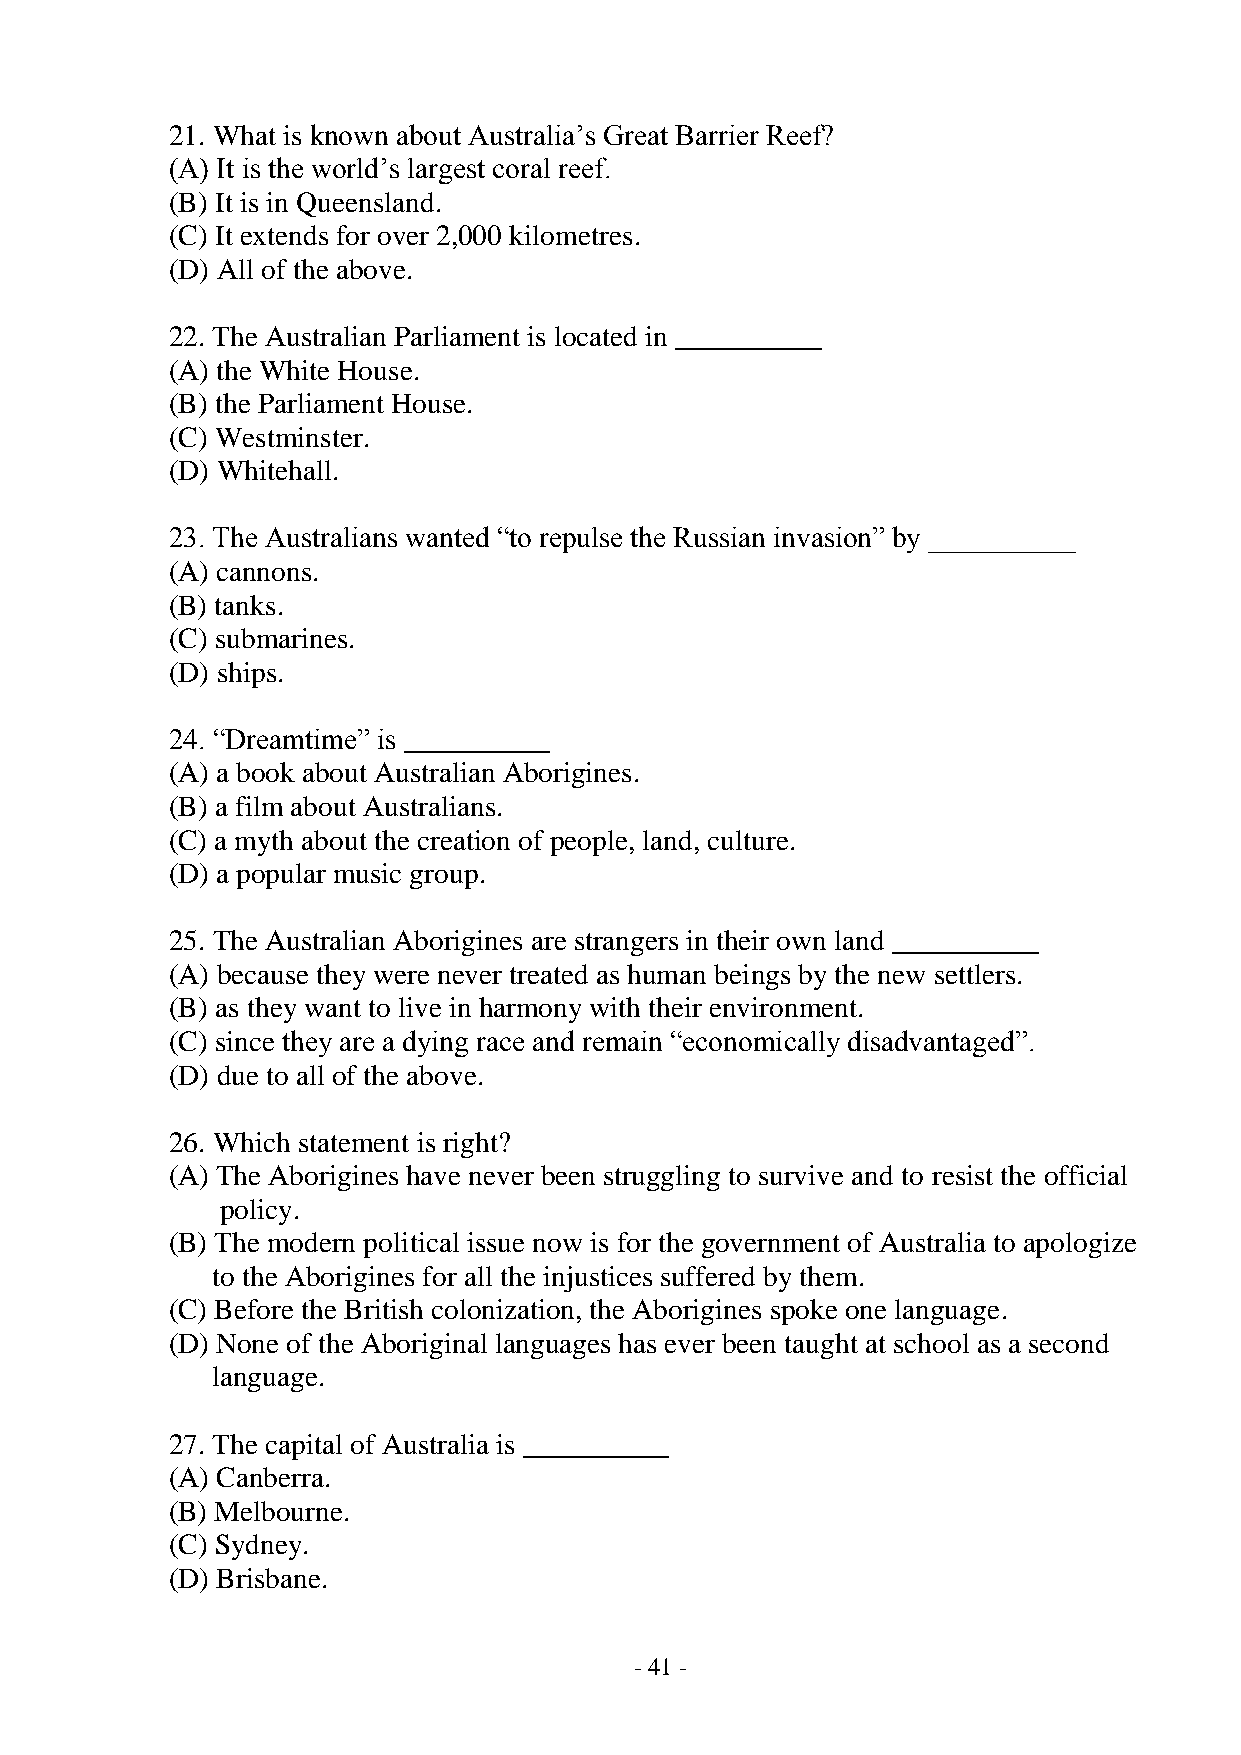
21. What is known about Australia’s Great Barrier Reef?
 (A) It is the world’s largest coral reef.
 (B) It is in Queensland.
 (C) It extends for over 2,000 kilometres.
 (D) All of the above.
 22. The Australian Parliament is located in __________
 (A) the White House.
 (B) the Parliament House.
 (C) Westminster.
 (D) Whitehall.
 23. The Australians wanted “to repulse the Russian invasion” by __________
 (A) cannons.
 (B) tanks.
 (C) submarines.
 (D) ships.
 24. “Dreamtime” is __________
 (A) a book about Australian Aborigines.
 (B) a film about Australians.
 (C) a myth about the creation of people, land, culture.
 (D) a popular music group.
 25. The Australian Aborigines are strangers in their own land __________
 (A) because they were never treated as human beings by the new settlers.
 (B) as they want to live in harmony with their environment.
 (C) since they are a dying race and remain “economically disadvantaged”.
 (D) due to all of the above.
 26. Which statement is right?
 (A) The Aborigines have never been struggling to survive and to resist the official
 policy.
 (B) The modern political issue now is for the government of Australia to apologize
 to the Aborigines for all the injustices suffered by them.
 (C) Before the British colonization, the Aborigines spoke one language.
 (D) None of the Aboriginal languages has ever been taught at school as a second
 language.
 27. The capital of Australia is __________
 (A) Canberra.
 (B) Melbourne.
 (C) Sydney.
 (D) Brisbane.
 - 41 -